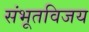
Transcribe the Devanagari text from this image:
संभूतविजय